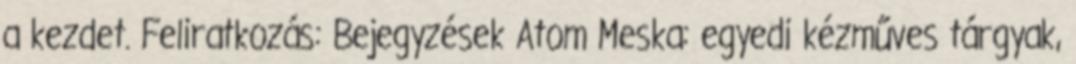
a kezdet. Feliratkozás: Bejegyzések Atom Meska: egyedi kézműves tárgyak,